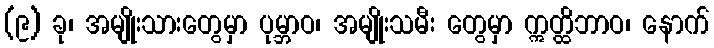
(၉) ခု၊ အမျိုးသားတွေမှာ ပုမ္ဘာဝ၊ အမျိုးသမီး တွေမှာ ဣတ္ထိဘာဝ၊ နောက်